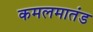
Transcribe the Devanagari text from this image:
कमलमातंड